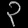
Digit: ၃